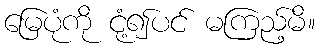
မြေပုံကို ငုံ့၍ပင် မကြည့်မိ။